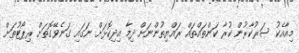
މިއާއެކު ސަރުކާރުން ކުރާ ކަންތައްތައް ރައްޔިތުންނަށް ދިމާ އިދިކޮޅަށް ނަގައި ގަނެވޭގޮތަށް ރިޕޯޓުތަށް